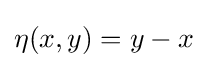
\eta (x,y)=y-x